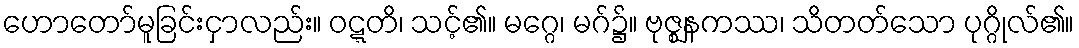
ဟောတော်မူခြင်းငှာလည်း။ ဝဋ္ဋတိ၊ သင့်၏။ မဂ္ဂေ၊ မဂ်၌။ ဗုဇ္ဈနကဿ၊ သိတတ်သော ပုဂ္ဂိုလ်၏။